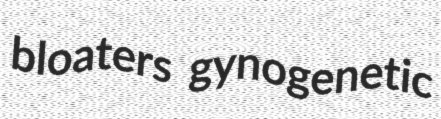
bloaters gynogenetic